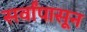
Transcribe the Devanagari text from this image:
सर्वांपासून